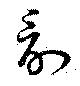
討